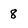
Character: 8